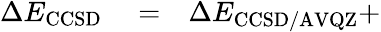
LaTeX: \begin{array}{rlr}{\Delta E_{\mathrm{CCSD}}}&{{}=}&{\Delta E_{\mathrm{CCSD/AVQZ}}+}\end{array}